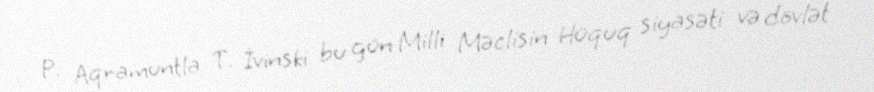
P. Aqramuntla T. İvinski bu gün Milli Məclisin Hüquq siyasəti və dövlət